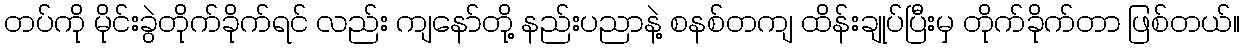
တပ်ကို မိုင်းခွဲတိုက်ခိုက်ရင် လည်း ကျနော်တို့ နည်းပညာနဲ့ စနစ်တကျ ထိန်းချုပ်ပြီးမှ တိုက်ခိုက်တာ ဖြစ်တယ်။